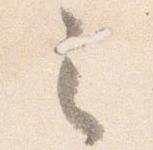
之